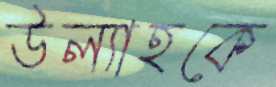
উল্যাহকে